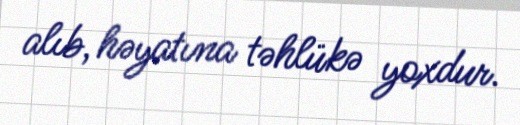
alıb, həyatına təhlükə yoxdur.